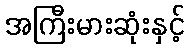
အကြီးမားဆုံးနှင့်